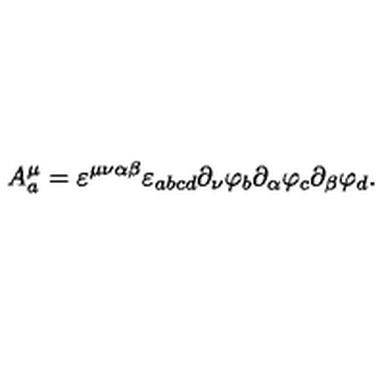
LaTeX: A _ { a } ^ { \mu } = \varepsilon ^ { \mu \nu \alpha \beta } \varepsilon _ { a b c d } \partial _ { \nu } \varphi _ { b } \partial _ { \alpha } \varphi _ { c } \partial _ { \beta } \varphi _ { d } .